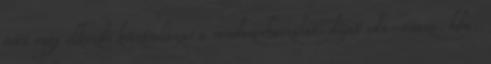
órát vagy elkezdi kiszámlázni a rendszerhaszálati díjat oda-vissza. bda: